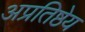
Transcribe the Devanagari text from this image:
अप्रतिष्ठेय